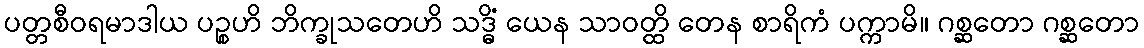
ပတ္တစီဝရမာဒါယ ပဉ္စဟိ ဘိက္ခုသတေဟိ သဒ္ဓိံ ယေန သာဝတ္ထိ တေန စာရိကံ ပက္ကာမိ။ ဂစ္ဆတော ဂစ္ဆတော